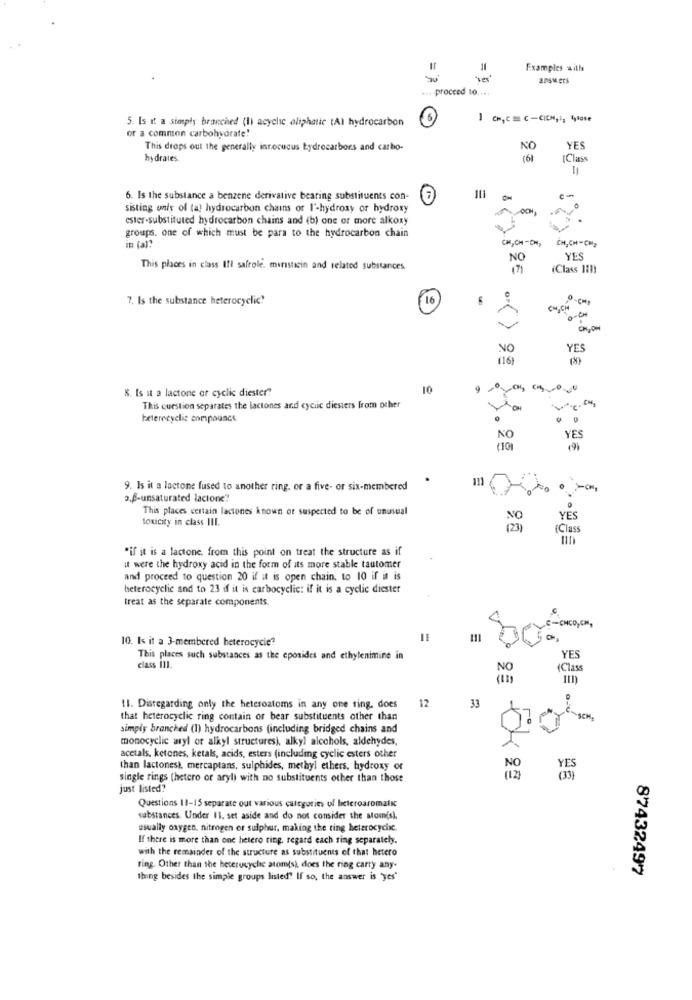
Examples withe
answers
proceed to ....
5. Is it a simply branched (li acyclic aliphatic tAI hydrocarbon
-
of a common carbohydrate!
This drops out the generally innocuous hydrocarbons and carbo-
NO
YES
hydrates
[Class
6. Is the substance a benzene derivative bearing substituents con-
c-
sisting only of (a) hydrocarbon chains of I'-hydroxy or hydroxy
ester-substituted hydrocarbon chains and (b) one or more alkoxy
groups. one of which must be para to the hydrocarbon chain
in (al?
CH,CH -CH,
CH,CH-CH2
NO
YES
This places in class Ifl safrole. miristicin and related substances
(Class 111)
7. Is the substance heterocyclic"
16
CMICH
8.8
NO
YES
(16)
8. Is it a lactone or cyclic diester"
10
This question separates the lactones and cyclic diesters from other
beterecyclic compounce
NO
YES
111
9. Is it a lactone fused to another ring, or a five- or six-membered
2.f-unsaturated lacione"
This places certain lactones known or suspected to be of unusual
toucity in class III.
YES
(2)
(Class
"if it is a lactone. from this point on treat the structure as if
ut were the hydroxy acid in the form of its more stable tautomer
and proceed to question 20 if it is open chain, to 10 if it is
heterocyclic and to 23 if it is carbocyclic: if it is a cyclic diester
treat as the separate components.
C-CMCO,CM,
10. Is it a 3-membered heterocycie?
This places such substances as the epoxides and ethylenimine in
YES
class 111.
NO
(Class
12
11. Disregarding only the heteroatoms in any one ring, does
33
that heterocyclic ring contain or bear substituents other than
simply branched (1) hydrocarbons (including bridged chains and
monocyclic aryl or alkyl structures), alkyl alcohols, aldehydes,
acetals. ketones, ketals, acids, esters (including cyclic esters other
than lactones), mercaptans, sulphides, methyl ethers, hydroxy or
single rings (hetero or aryl) with no substituents other than those
just listed?
Questions 11-15 separate out various categories of leteroaromatic
substances. Under 11. set aside and do not consider the som(s),
usually oxygen, nitrogen or sulphur, making the ring heterocyclic.
If there is more than one hetero ting, regard each ring separately.
with the remainder of the structure as substituents of that hetero
ring. Other than the heterucyche atomtsk does the ring carry any-
87432497
thing besides the simple groups listed? If so, the answer is 'yes'